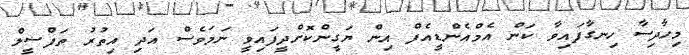
މިހާދިސާ ހިނގާފައިވާ ކަން އެމްއެންޑީއެފް އިން ޔަގީންކޮށްދީފައިވީ ނަމަވެސް އަދި އިތުރު ތަފްސީލް